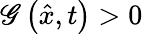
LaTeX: \mathscr{G}\left({\hat{{x}}},t\right)>0